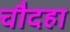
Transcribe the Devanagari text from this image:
चौदहा